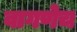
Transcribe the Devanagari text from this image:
वागणेच